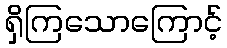
ရှိကြသောကြောင့်